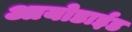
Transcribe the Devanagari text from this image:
आयोडाईड